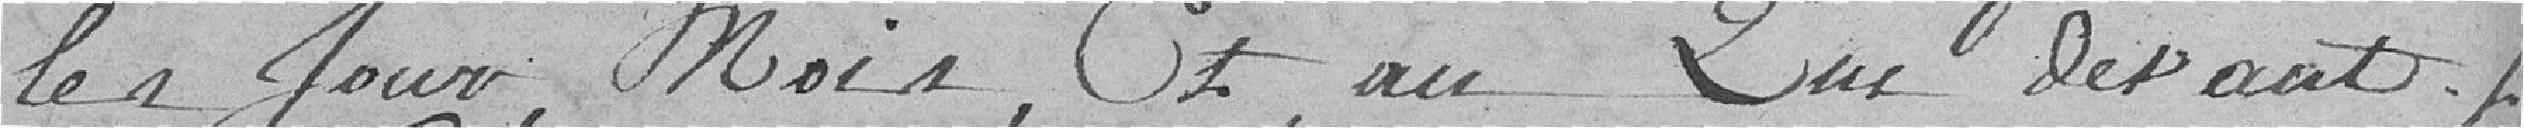
les jours, mois, et an Lux devant